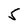
Character: 5